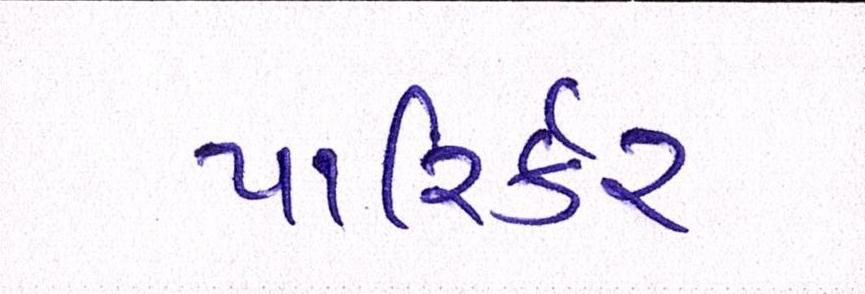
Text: પારિર્કર